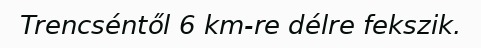
Trencséntől 6 km-re délre fekszik.